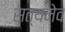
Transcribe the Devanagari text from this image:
सत्‍यमेव